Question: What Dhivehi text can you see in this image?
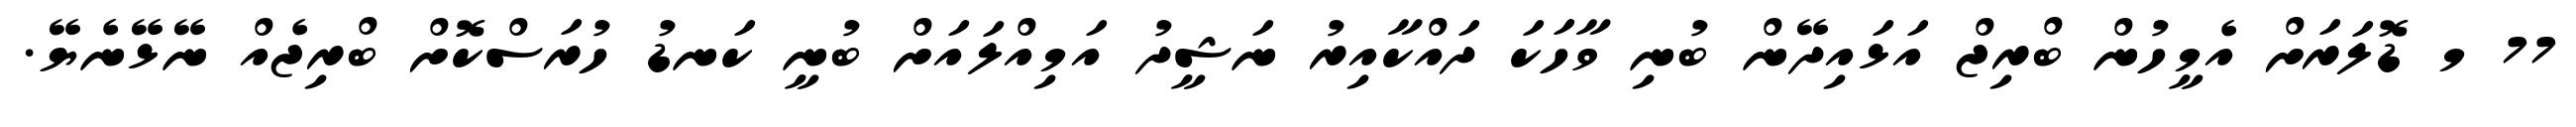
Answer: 77 މ ޑޮލަރަށް އެމީހުން ބްރިޖް އަޅައިދޭން ބުނި ވާހަކަ ދައްކާއިރު ނަޝީދު އަމިއްލައަށް ބުނީ ކަނޑު ހުރަސްކޮށް ބްރިޖެއް ނޭޅޭނެޔޭ.